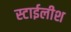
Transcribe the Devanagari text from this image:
स्टाईलीश